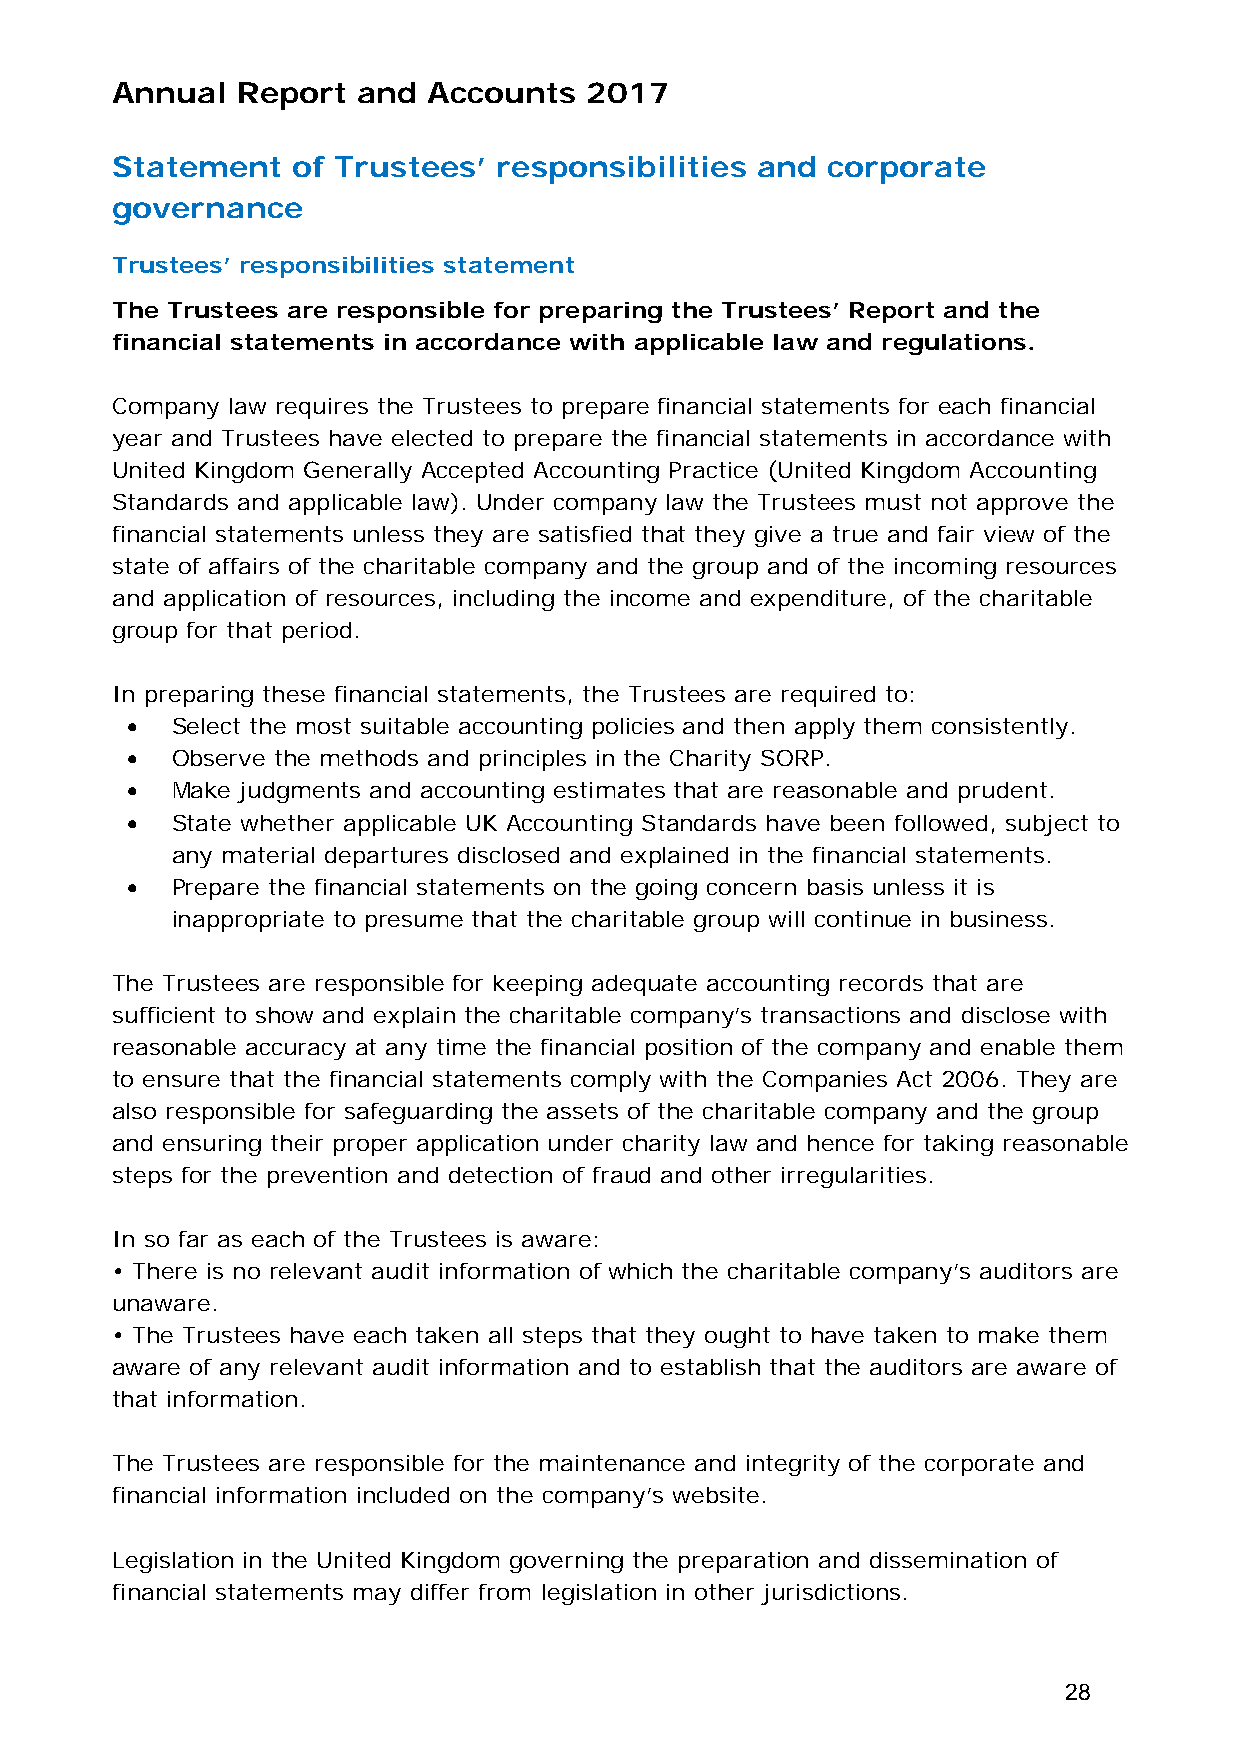
Annual   Report  and Accounts   2017
 Statement   of Trustees’  responsibilities and  corporate
 governance    Trustees’ responsibilities
 Trustees’ responsibilities statement
 The Trustees are responsible for preparing the Trustees’ Report and the
 financial statements in accordance with applicable law and regulations.
 Company law requires the Trustees to prepare financial statements for each financial
 year and Trustees have elected to prepare the financial statements in accordance with
 United Kingdom Generally Accepted Accounting Practice (United Kingdom Accounting
 Standards and applicable law). Under company law the Trustees must not approve the
 financial statements unless they are satisfied that they give a true and fair view of the
 state of affairs of the charitable company and the group and of the incoming resources
 and application of resources, including the income and expenditure, of the charitable
 group for that period.
 In preparing these financial statements, the Trustees are required to:
   Select the most suitable accounting policies and then apply them consistently.
   Observe the methods and principles in the Charity SORP.
   Make judgments and accounting estimates that are reasonable and prudent.
   State whether applicable UK Accounting Standards have been followed, subject to
 any material departures disclosed and explained in the financial statements.
   Prepare the financial statements on the going concern basis unless it is
 inappropriate to presume that the charitable group will continue in business.
 The Trustees are responsible for keeping adequate accounting records that are
 sufficient to show and explain the charitable company’s transactions and disclose with
 reasonable accuracy at any time the financial position of the company and enable them
 to ensure that the financial statements comply with the Companies Act 2006. They are
 also responsible for safeguarding the assets of the charitable company and the group
 and ensuring their proper application under charity law and hence for taking reasonable
 steps for the prevention and detection of fraud and other irregularities.
 In so far as each of the Trustees is aware:
 • There is no relevant audit information of which the charitable company’s auditors are
 unaware.
 • The Trustees have each taken all steps that they ought to have taken to make them
 aware of any relevant audit information and to establish that the auditors are aware of
 that information.
 The Trustees are responsible for the maintenance and integrity of the corporate and
 financial information included on the company’s website.
 Legislation in the United Kingdom governing the preparation and dissemination of
 financial statements may differ from legislation in other jurisdictions.
 28